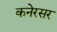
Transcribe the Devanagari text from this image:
कनेरसर